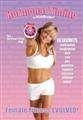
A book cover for Hormonal Timing By BuffMother: Female Fitness Evolved; Michelle Berger; Health, Fitness & Dieting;